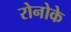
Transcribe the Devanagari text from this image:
रोनोके